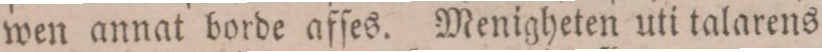
wen annat borde afſes. Menigheten uti talarens